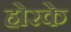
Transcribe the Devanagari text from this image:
होरके